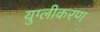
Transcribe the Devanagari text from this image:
युग्लीकरण